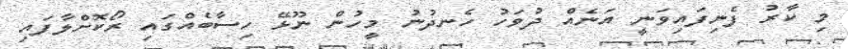
މި ކާރު ފެނިފައިވަނީ އަނެއް ދުވަހު ހެނދުނު މީހުން ނޫޅޭ ހިސާބެއްގައި ރޯކޮށްލާފައި